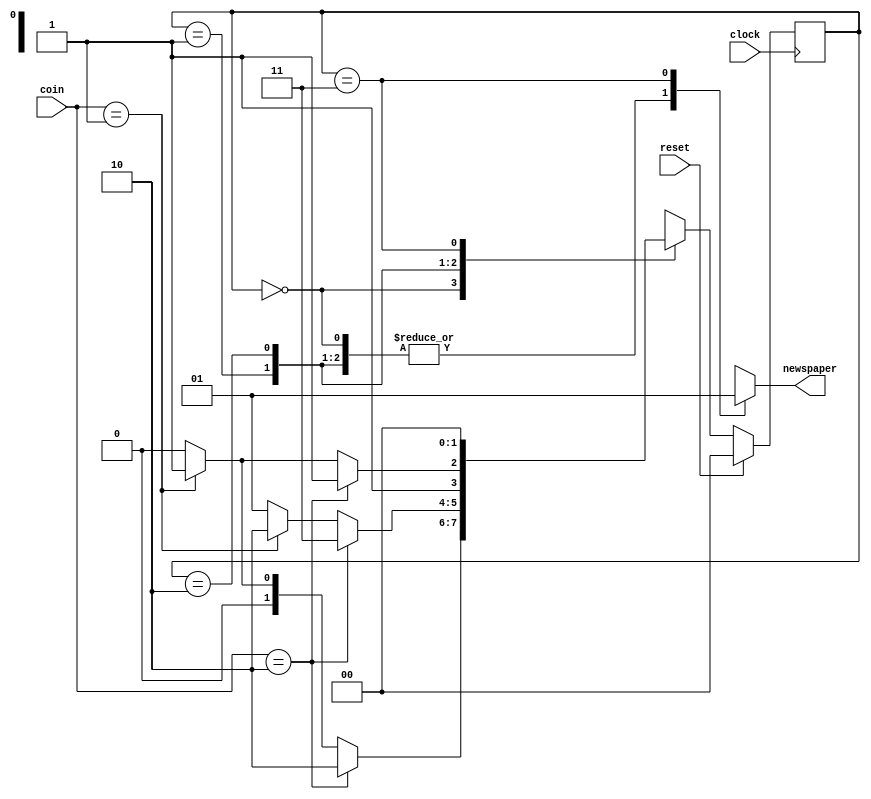
// This program was cloned from: https://github.com/Suni123456789/100DaysRTL
// License: Apache License 2.0

`timescale 1ns / 1ps

module vend(coin, clock, reset, newspaper);

    //Input output port declarations
    input [1:0] coin;
    input clock;
    input reset;
    output newspaper; 

    //internal FSM state declarations 
    wire [1:0] NEXT_STATE; 
    reg [1:0] PRES_STATE;
    
    //state encodings 
    parameter s0 = 2'b00,
              s5 = 2'b01,
              s10 = 2'b10,
              s15 = 2'b11;

    //Combinational logic 
    function [2:0] fsm;
    
    input [1:0] fsm_coin; 
    input [1:0] fsm_PRES_STATE;
    
    reg fsm_newspaper; 
    reg [1:0] fsm_NEXT_STATE;
    
    begin
        case (fsm_PRES_STATE)

        s0: //state = s0
            begin
                if (fsm_coin == 2'b10)
                begin
                    fsm_newspaper = 1'b0; 
                    fsm_NEXT_STATE = s10;
                end
        
                else if (fsm_coin == 2'b01)
                begin
                    fsm_newspaper = 1'b0; 
                    fsm_NEXT_STATE = s5;
                end
        
                else 
                begin
                    fsm_newspaper = 1'b0; 
                    fsm_NEXT_STATE = s0;
                end
            end
        
        s5: //state = s5
            begin
                if (fsm_coin == 2'b10)
                begin
                    fsm_newspaper = 1'b0 ;
                    fsm_NEXT_STATE = s15 ;
                end
        
                else if (fsm_coin == 2'b01) 
                begin
                    fsm_newspaper = 1'b0; 
                    fsm_NEXT_STATE = s10;
                end
        
                else
                begin
                    fsm_newspaper = 1'b0 ;
                    fsm_NEXT_STATE = s5;
                end
            end
        
        s10:  //state = s10
            begin
                if (fsm_coin == 2'b10)
                begin
                    fsm_newspaper = 1'b0 ;
                    fsm_NEXT_STATE =s15 ;
                end
        
                else if (fsm_coin == 2'b01 )
                begin
                    fsm_newspaper = 1'b0;
                    fsm_NEXT_STATE = s15 ;
                end 
        
                else
                begin
                    fsm_newspaper = 1'b0 ; 
                    fsm_NEXT_STATE = s10;
                end
            end
        
        s15: //state = s 15
            begin 
                fsm_newspaper = 1'b1 ;
                fsm_NEXT_STATE = s0 ;
            end
        
        endcase
    
        fsm= {fsm_newspaper, fsm_NEXT_STATE};
    end
endfunction

    //Reevaluate combinational logic each time a coin is put or the present state changes 
        assign {newspaper, NEXT_STATE}= fsm(coin, PRES_STATE);

    //clock the state flip-flops.
    //use synchronous reset 
        always @(posedge clock)
            begin
                if (reset == 1'b1)
                    PRES_STATE = s0 ;
                else
                    PRES_STATE = NEXT_STATE;
            end
endmodule